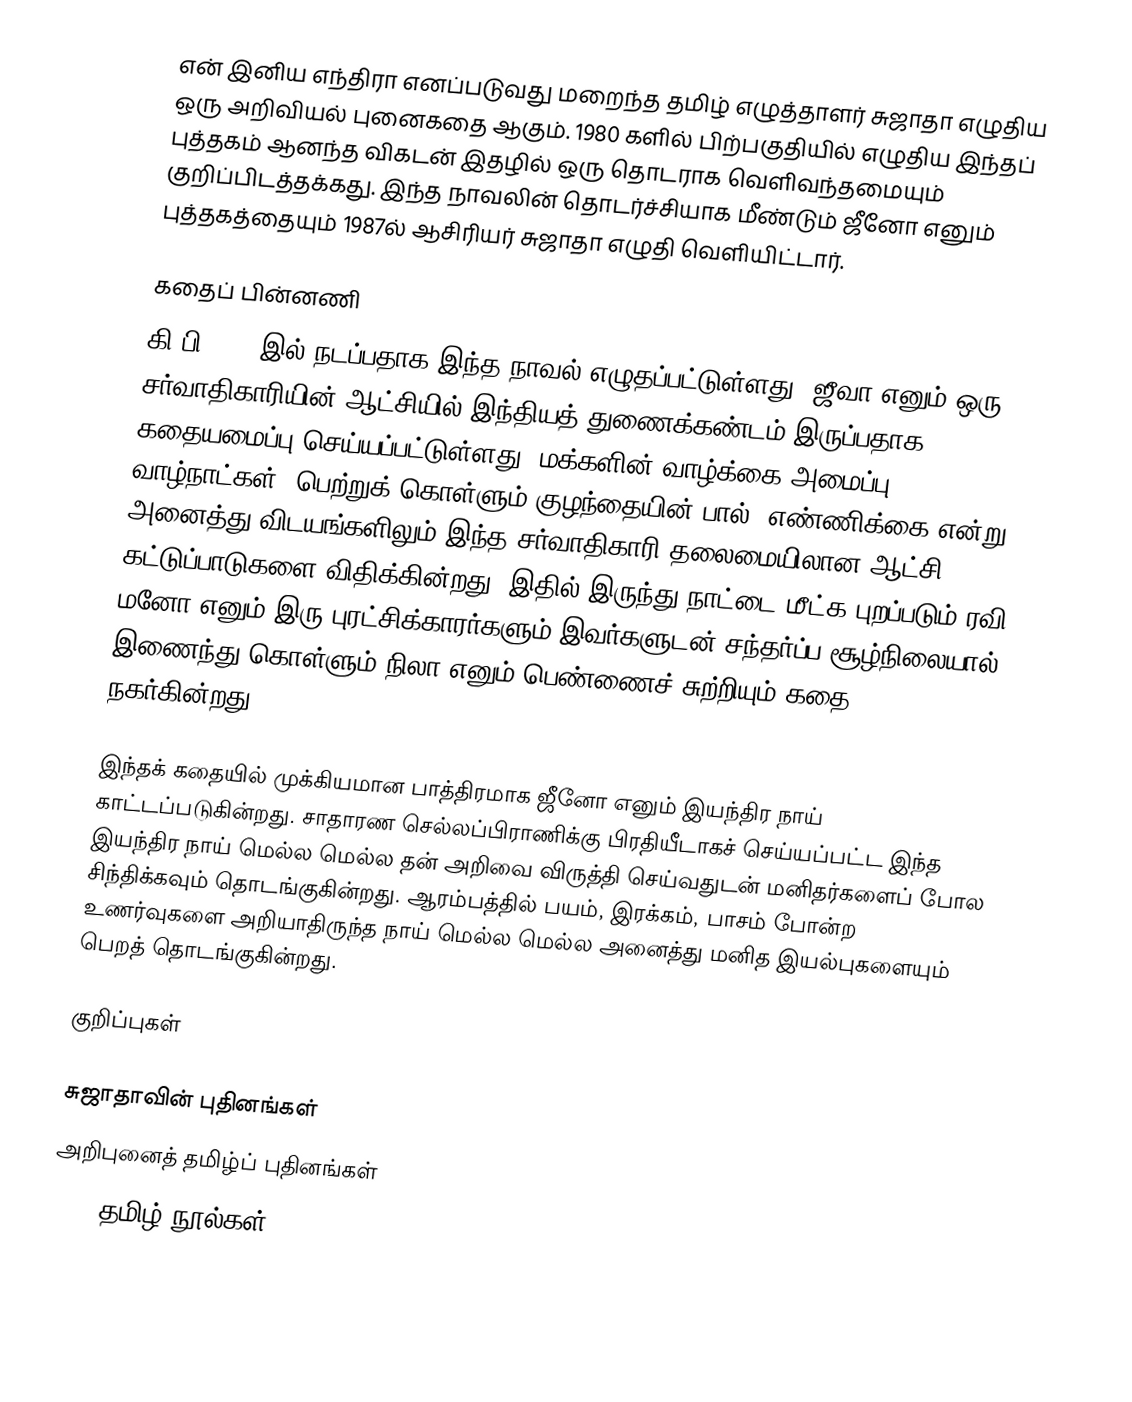
என் இனிய எந்திரா எனப்படுவது மறைந்த தமிழ் எழுத்தாளர் சுஜாதா எழுதிய ஒரு அறிவியல் புனைகதை ஆகும். 1980 களில் பிற்பகுதியில் எழுதிய இந்தப் புத்தகம் ஆனந்த விகடன் இதழில் ஒரு தொடராக வெளிவந்தமையும் குறிப்பிடத்தக்கது. இந்த நாவலின் தொடர்ச்சியாக மீண்டும் ஜீனோ எனும் புத்தகத்தையும் 1987ல்  ஆசிரியர் சுஜாதா எழுதி வெளியிட்டார்.

கதைப் பின்னணி
கி.பி 2021 இல் நடப்பதாக இந்த நாவல் எழுதப்பட்டுள்ளது. ஜீவா எனும் ஒரு சர்வாதிகாரியின் ஆட்சியில் இந்தியத் துணைக்கண்டம் இருப்பதாக கதையமைப்பு செய்யப்பட்டுள்ளது. மக்களின் வாழ்க்கை அமைப்பு, வாழ்நாட்கள், பெற்றுக் கொள்ளும் குழந்தையின் பால், எண்ணிக்கை என்று அனைத்து விடயங்களிலும் இந்த சர்வாதிகாரி தலைமையிலான ஆட்சி கட்டுப்பாடுகளை விதிக்கின்றது. இதில் இருந்து நாட்டை மீட்க புறப்படும் ரவி, மனோ எனும் இரு புரட்சிக்காரர்களும் இவர்களுடன் சந்தர்ப்ப சூழ்நிலையால் இணைந்து கொள்ளும் நிலா எனும் பெண்ணைச் சுற்றியும் கதை நகர்கின்றது.

இந்தக் கதையில் முக்கியமான பாத்திரமாக ஜீனோ எனும் இயந்திர நாய் காட்டப்படுகின்றது. சாதாரண செல்லப்பிராணிக்கு பிரதியீடாகச் செய்யப்பட்ட இந்த இயந்திர நாய் மெல்ல மெல்ல தன் அறிவை விருத்தி செய்வதுடன் மனிதர்களைப் போல சிந்திக்கவும் தொடங்குகின்றது. ஆரம்பத்தில் பயம், இரக்கம், பாசம் போன்ற உணர்வுகளை அறியாதிருந்த நாய் மெல்ல மெல்ல அனைத்து மனித இயல்புகளையும் பெறத் தொடங்குகின்றது.

குறிப்புகள்

சுஜாதாவின் புதினங்கள்
அறிபுனைத் தமிழ்ப் புதினங்கள்
1987 தமிழ் நூல்கள்